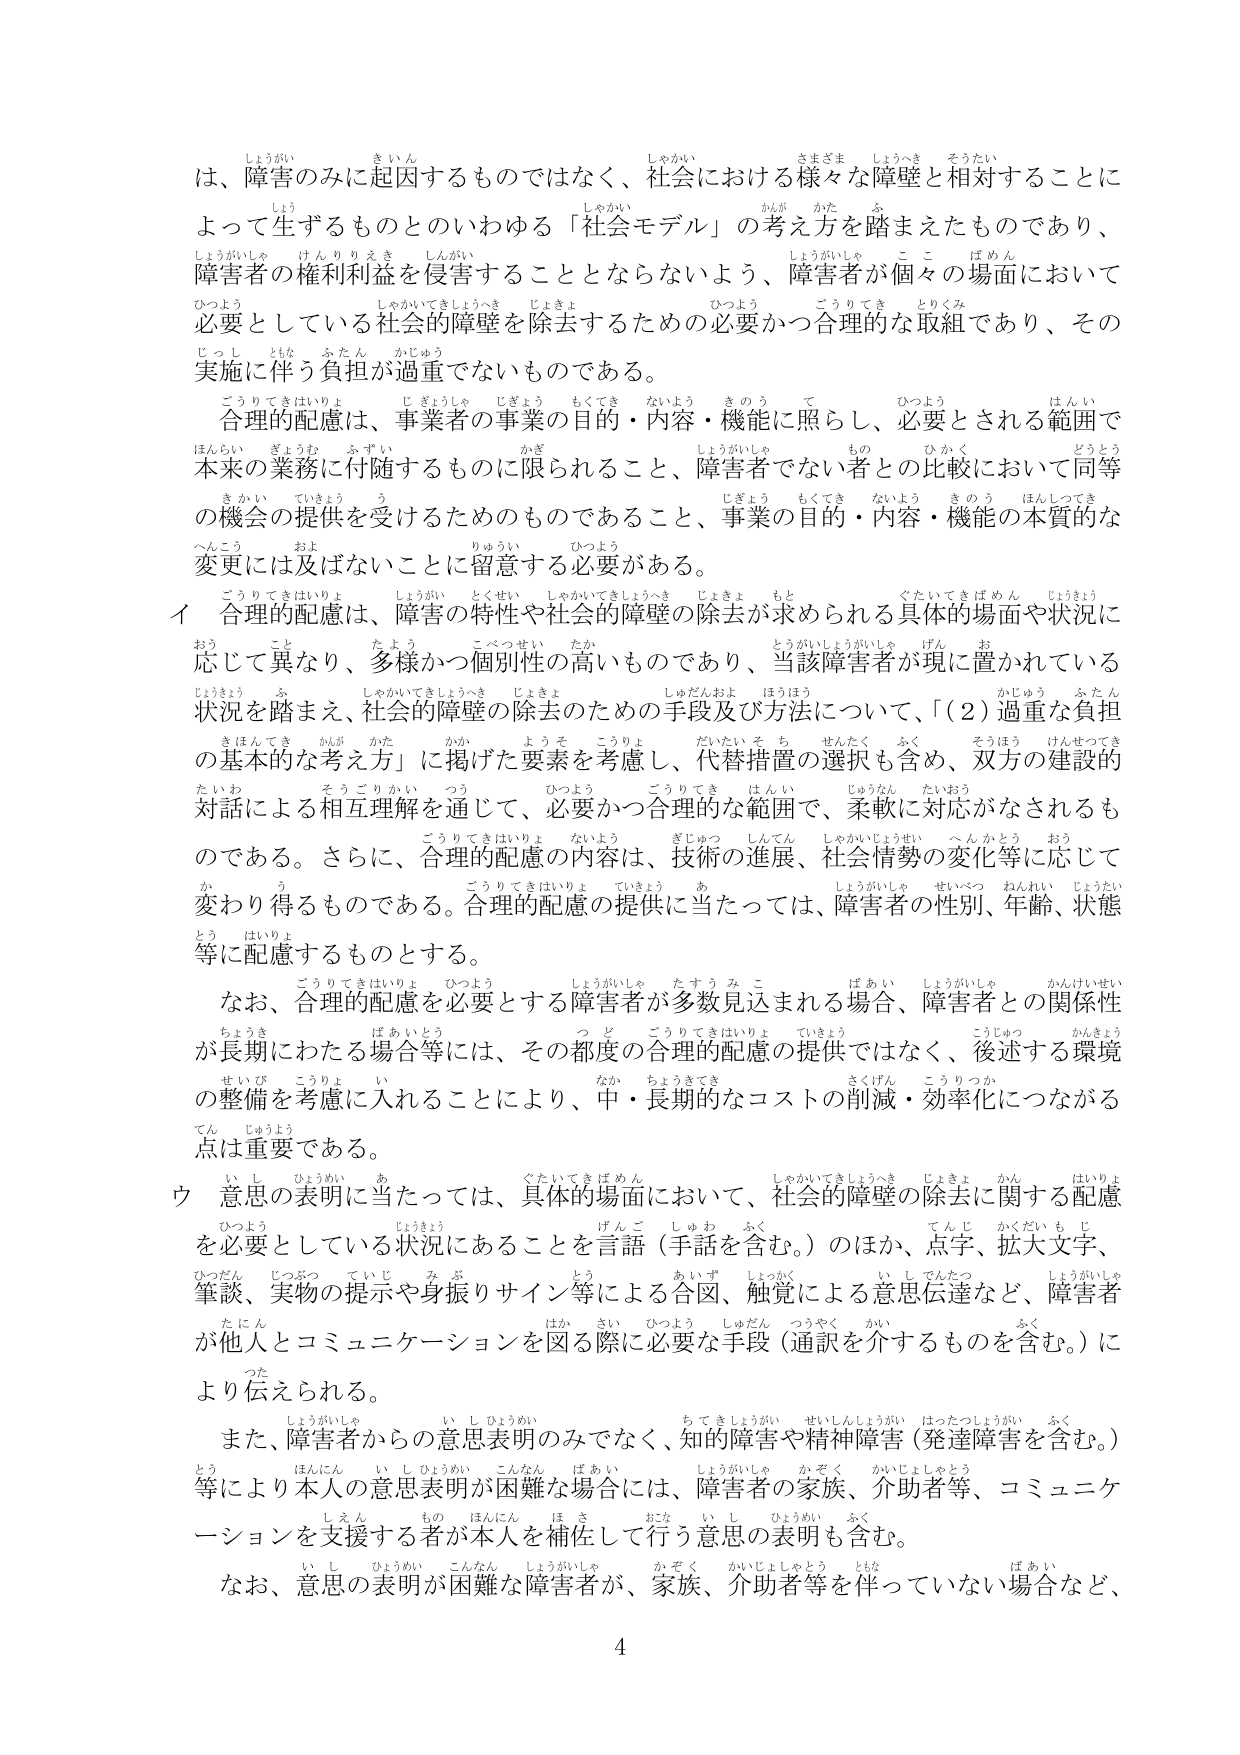
は、障害のみに起因するものではなく、社会における様々な障壁と相対することに
よって生ずるものとのいわゆる「社会モデル」の考え方を踏まえたものであり、
障害者の権利利益を侵害することとならないよう、障害者が個々の場面において
必要としている社会的障壁を除去するための必要かつ合理的な取組であり、その
実施に伴う負担が過重でないものである。
合理的配慮は、事業者の事業の目的・内容・機能に照らし、必要とされる範囲で
本来の業務に付随するものに限られること、障害者でない者との比較において同等
の機会の提供を受けるためのものであること、事業の目的・内容・機能の本質的な
変更には及ばないことに留意する必要がある。
イ 合理的配慮は、障害の特性や社会的障壁の除去が求められる具体的場面や状況に
応じて異なり、多様かつ個別性の高いものであり、当該障害者が現に置かれている
状況を踏まえ、社会的障壁の除去のための手段及び方法について、「（2）過重な負担
の基本的な要素を方」に掲げた要素を考慮し、代替措置の選択も含め、双方の建設的
対話による相互理解を通じて、必要かつ合理的な範囲で、柔軟に対応がなされるも
のである。さらに、合理的配慮の内容は、技術の進展、社会情勢の変化等に応じて
変わり得るものである。合理的配慮の提供に当たっては、障害者の性別、年齢、状態
等に配慮するものとする。
なお、合理的配慮を必要とする障害者が多数見込まれる場合、障害者との関係性
が長期にわたる場合等には、その都度の合理的配慮の提供ではなく、後述する環境
の整備を考慮に入れることにより、中・長期的なコストの削減・効率化につながる
点は重要である。
ウ 意思の表明に当たっては、具体的場面において、社会的障壁の除去に関する配慮
を必要としている状況にあることを言語（手話を含む。）のほか、点字、拡大文字、
筆談、実物の提示や身振りサイン等による合図、触覚による意思伝達など、障害者
が他人とコミュニケーションを図る際に必要な手段（通訳を介するものを含む。）に
より伝えられる。
また、障害者からの意思表明のみでなく、知的障害や精神障害（発達障害を含む。）
等により本人の意思表明が困難な場合には、障害者の家族、介助者等、コミュニケ
ーションを支援する者が本人を補佐して行う意思の表明も含む。
なお、意思の表明が困難な障害者が、家族、介助者等を伴っていない場合など、
4